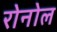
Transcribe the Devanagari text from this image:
रोनोल